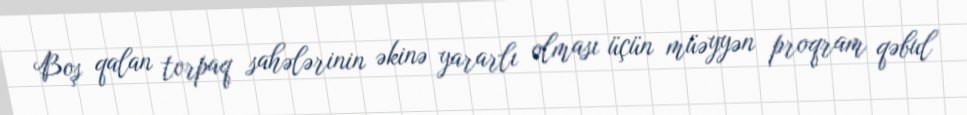
Boş qalan torpaq sahələrinin əkinə yararlı olması üçün müəyyən proqram qəbul